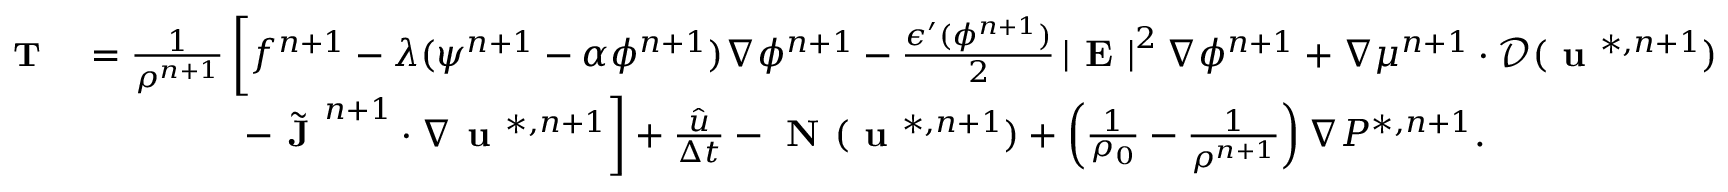
\begin{array} { r l } { \small \textbf { T } } & { = \frac { 1 } { \rho ^ { n + 1 } } \left[ f ^ { n + 1 } - \lambda ( \psi ^ { n + 1 } - \alpha \phi ^ { n + 1 } ) \nabla \phi ^ { n + 1 } - \frac { \epsilon ^ { \prime } ( \phi ^ { n + 1 } ) } { 2 } \left| \textbf { E } \right| ^ { 2 } \nabla \phi ^ { n + 1 } + \nabla \mu ^ { n + 1 } \cdot \mathcal { D } ( \textbf { u } ^ { * , n + 1 } ) \right. } \\ & { \qquad \qquad \left. - \Tilde { \textbf { J } } ^ { n + 1 } \cdot \nabla \textbf { u } ^ { * , n + 1 } \right] + \frac { \hat { u } } { \Delta t } - \textbf { N } ( \textbf { u } ^ { * , n + 1 } ) + \left( \frac { 1 } { \rho _ { 0 } } - \frac { 1 } { \rho ^ { n + 1 } } \right) \nabla P ^ { * , n + 1 } . } \end{array}